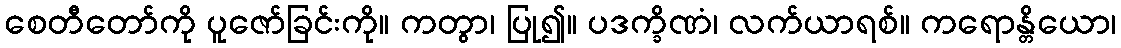
စေတီတော်ကို ပူဇော်ခြင်းကို။ ကတွာ၊ ပြု၍။ ပဒက္ခိဏံ၊ လက်ယာရစ်။ ကရောန္တိယော၊